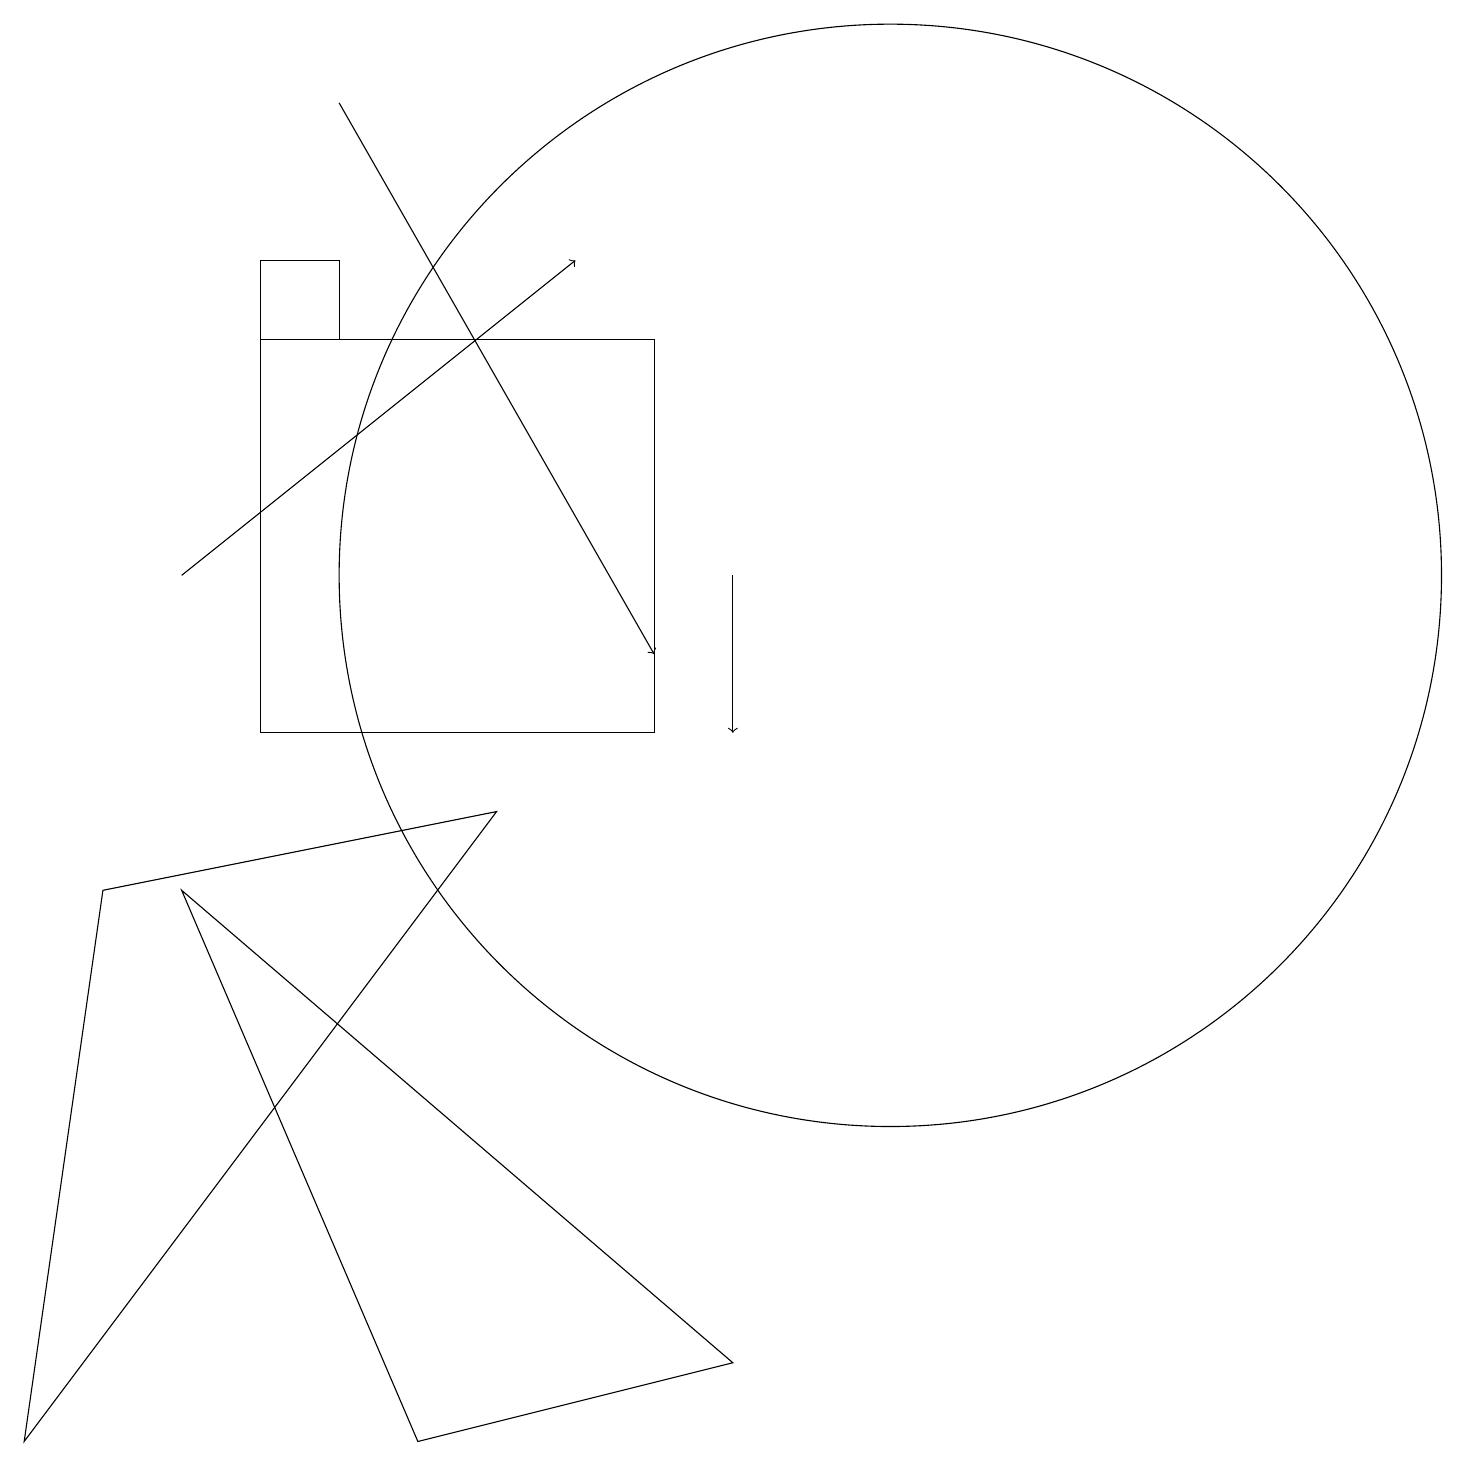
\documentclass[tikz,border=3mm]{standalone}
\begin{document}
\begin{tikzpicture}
\draw[->] (2,12) -- (7,16);
\draw[->] (9,12) -- (9,10);
\draw (3,10) rectangle (8,15);
\draw (0,1) -- (1,8) -- (6,9) -- cycle;
\draw[->] (4,18) -- (8,11);
\draw (9,2) -- (2,8) -- (5,1) -- cycle;
\draw (3,15) rectangle (4,16);
\draw (11,12) circle (7);
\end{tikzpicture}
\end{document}